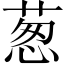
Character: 葱